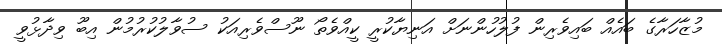
މުޒާހަރާގެ ބައެއް ބައިވެރިން ފުލުހުންނަށް އަނިޔާކުރީ ކީއްވެތޯ ނޫސްވެރިއަކު ސުވާލުކުރުމުން އިބޫ ވިދާޅުވީ